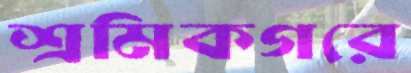
শ্রমিকগরে